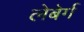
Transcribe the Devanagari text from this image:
लेबेर्ग